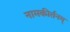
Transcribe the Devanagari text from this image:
नामकीर्तनम्